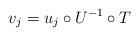
LaTeX: \begin{align*}v_j = u_j \circ U^{-1} \circ T\end{align*}